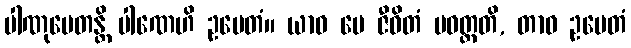
ပါဏုပေတန္တိ ပါဏေဟိ ဥပေတံ။ ယာဝ မေ ဇီဝိတံ ပဝတ္တတိ, တာဝ ဥပေတံ